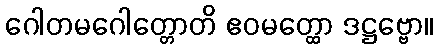
ဂေါတမဂေါတ္တောတိ ဧဝမတ္ထော ဒဋ္ဌဗ္ဗော။